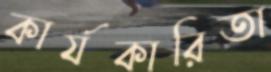
কার্যকারিতা